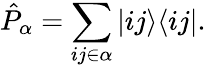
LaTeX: \hat{P}_{\alpha}=\sum_{ij\in\alpha}|ij\rangle\langle ij|.